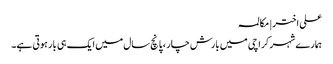
علی اختر | مکالمہ
ہمارے شہر کراچی میں بارش چار ، پانچ سال میں ایک ہی بار ہوتی ہے۔